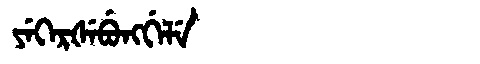
Manchu: ᠶᡝᡴᡝᡵᡧᡝᠪᡠᠩᡤᡝᠯᡝ
Romanization: YEKERŠEBUNGGELE